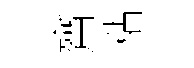
齋粘